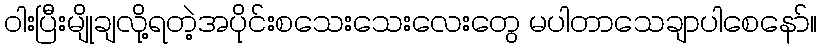
ဝါးပြီးမျိုချလို့ရတဲ့အပိုင်းစသေးသေးလေးတွေ မပါတာသေချာပါစေနော်။